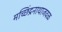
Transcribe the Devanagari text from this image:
मच्छिंद्रनाथाजवळ